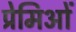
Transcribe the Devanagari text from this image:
प्रेमिओं